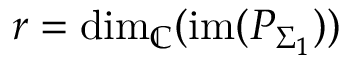
r = \mathrm { d i m } _ { \mathbb { C } } ( \mathrm { i m } ( P _ { \Sigma _ { 1 } } ) )